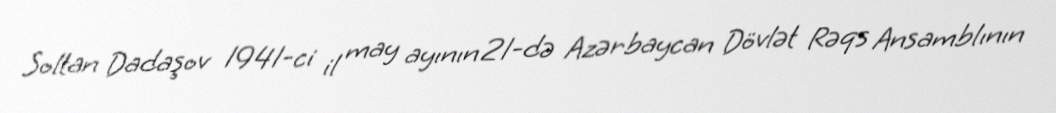
Soltan Dadaşov 1941-ci il may ayının 21-də Azərbaycan Dövlət Rəqs Ansamblının